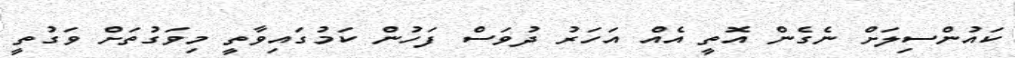
ކައުންސިލަށް ނެގެން އޮތީ އެއް އަހަރު ދުވަސް ފަހުން ކަމުގައިވާތީ މިވަގުތަށް ވަގުތީ